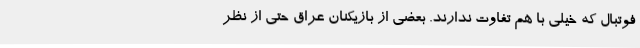
فوتبال که خیلی با هم تفاوت ندارند. بعضی از بازیکنان عراق حتی از نظر